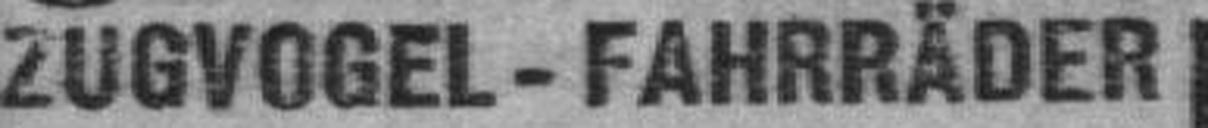
ZUGVOGEL - FAHRRÄDER